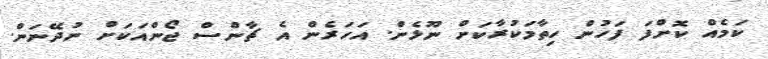
ކަމެއް ކޮށްފަ ފަހުން ހިތާމަކުރާކަށް ނޫޅެން. އަހަރެން އެ ޗާންސް ޖޯންއަކަށް ނުދޭނަން.